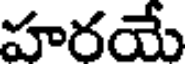
హరయే